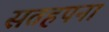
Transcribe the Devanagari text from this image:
सतहपना